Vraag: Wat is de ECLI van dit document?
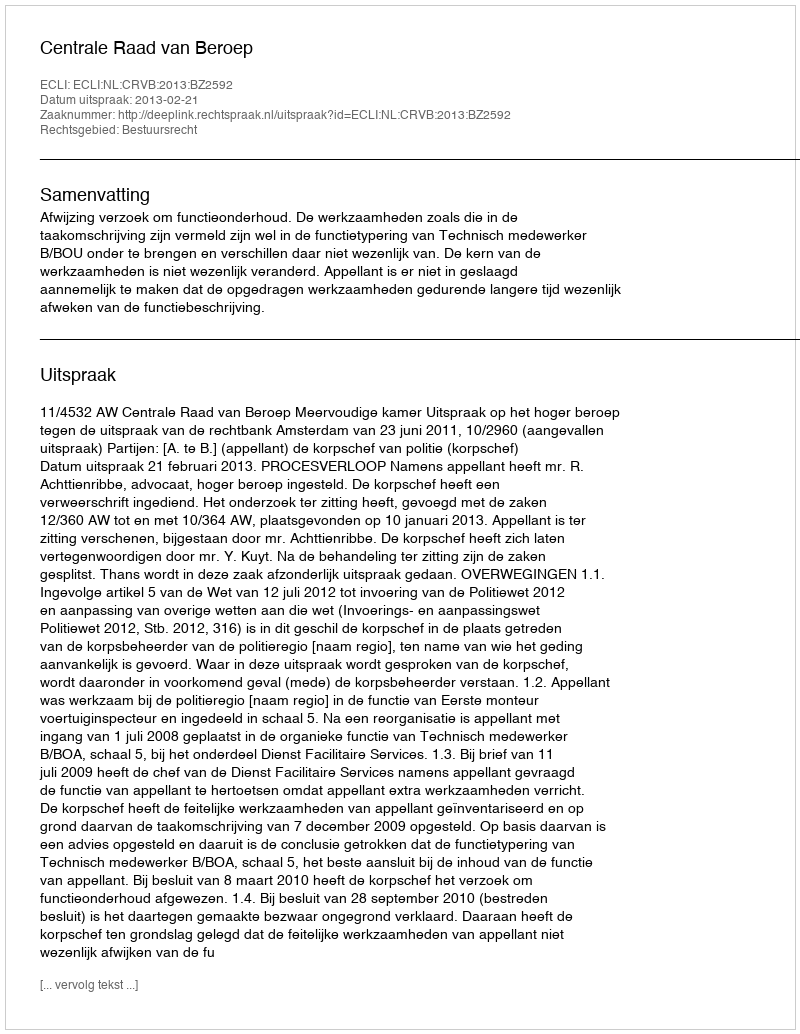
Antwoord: ECLI:NL:CRVB:2013:BZ2592